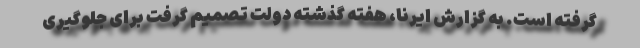
گرفته است. به گزارش ایرنا، هفته گذشته دولت تصمیم گرفت برای جلوگیری